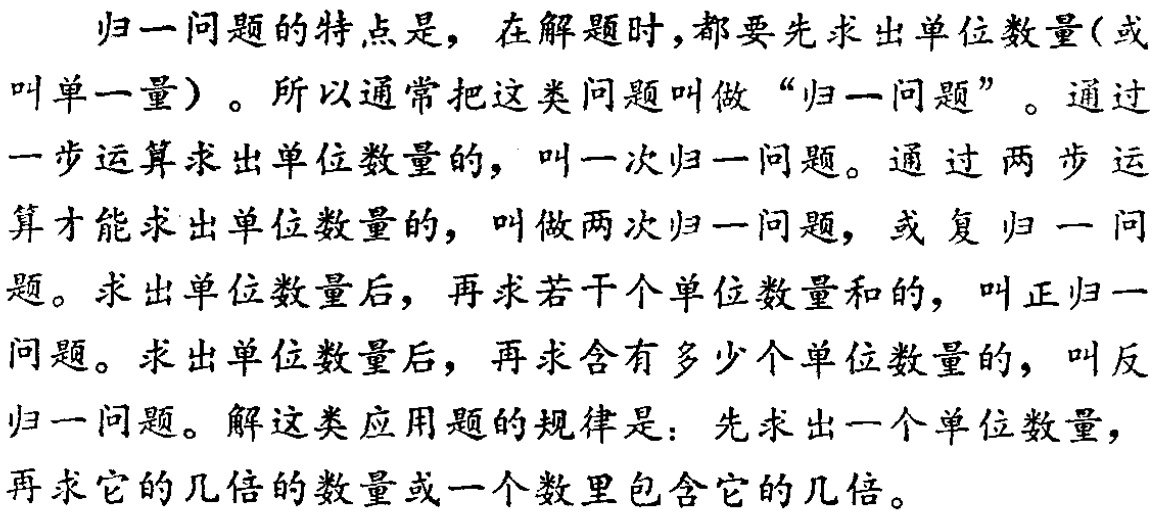
归一问题的特点是，在解题时，都要先求出单位数量(或
叫单一量)。所以通常把这类问题叫做“归一问题”。通过
一步运算求出单位数量的，叫一次归一问题。通过两步运
算才能求出单位数量的，叫做两次归一问题，或复归一问
题。求出单位数量后，再求若干个单位数量和的，叫正归一
问题。求出单位数量后，再求含有多少个单位数量的，叫反
归一问题。解这类应用题的规律是：先求出一个单位数量，
再求它的几倍的数量或一个数里包含它的几倍。